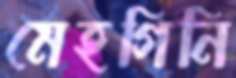
মেহগিনি